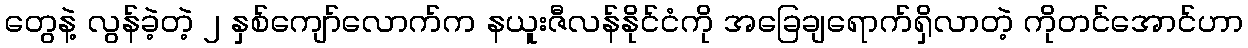
တွေနဲ့ လွန်ခဲ့တဲ့ ၂ နှစ်ကျော်လောက်က နယူးဇီလန်နိုင်ငံကို အခြေချရောက်ရှိလာတဲ့ ကိုတင်အောင်ဟာ